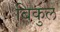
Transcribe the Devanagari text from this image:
बिकुल